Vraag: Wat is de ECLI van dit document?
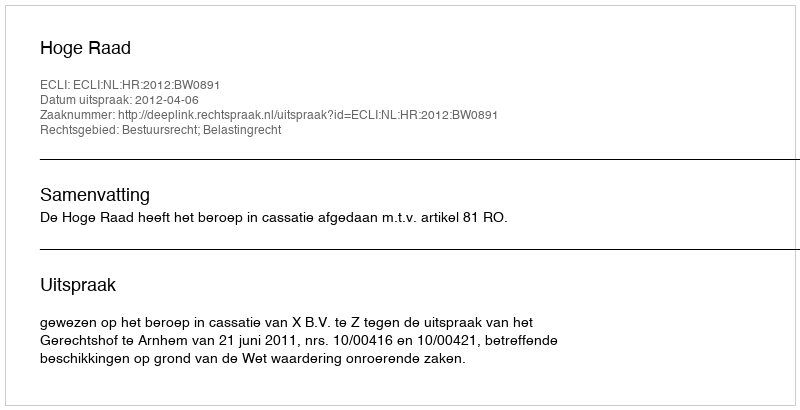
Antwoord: ECLI:NL:HR:2012:BW0891